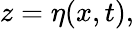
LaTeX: z=\eta(x,t),